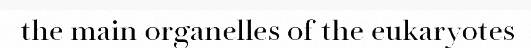
the main organelles of the eukaryotes